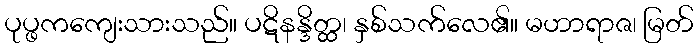
ပုပ္ဖကကျေးသားသည်။ ပဋိနန္ဒိတ္ထ၊ နှစ်သက်လေ၏။ မဟာရာဇ၊ မြတ်